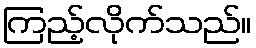
ကြည့်လိုက်သည်။